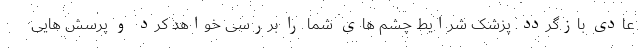
عادی بازگردد. پزشک شرایط چشم های شما را بررسی خواهد کرد و پرسش هایی